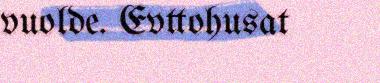
vuolde. Evttohusat